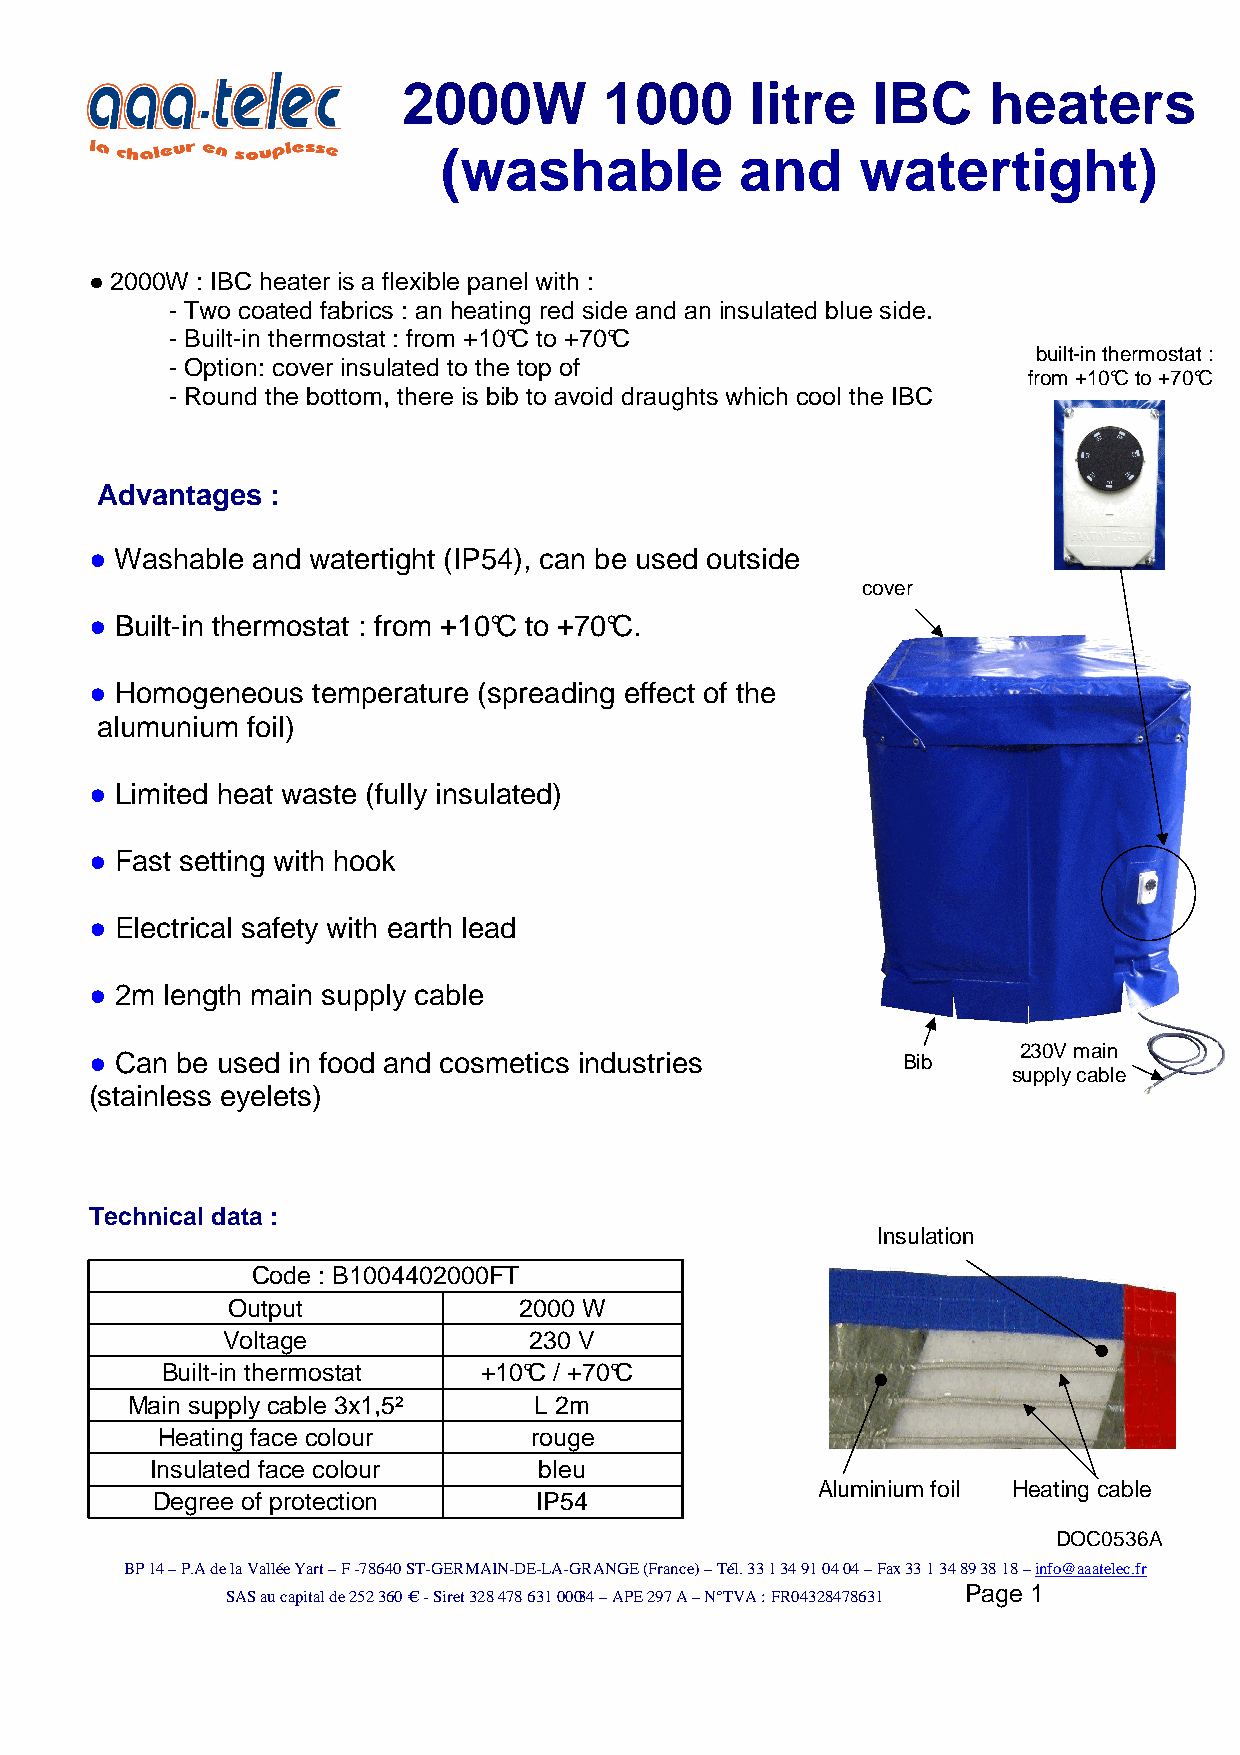
2000W        1000      litre   IBC    heaters
 (washable           and     watertight)
 ● 2000W : IBC heater is a flexible panel with :
 - Two coated fabrics : an heating red side and an insulated blue side.
 - Built-in thermostat : from +10°C to +70°C
 built-in thermostat :
 - Option: cover insulated to the top of
 from +10°C to +70°C
 - Round the bottom, there is bib to avoid draughts which cool the IBC
 Advantages  :
 ● Washable and watertight (IP54), can be used outside
 cover
 ● Built-in thermostat : from +10°C to +70°C.
 ● Homogeneous  temperature (spreading effect of the
 alumunium foil)
 ● Limited heat waste (fully insulated)
 ● Fast setting with hook
 ● Electrical safety with earth lead
 ● 2m length main supply cable
 ● Can be used in food and cosmetics industries        Bib    230V main
 supply cable
 (stainless eyelets)
 Technical data :
 Insulation
 Code : B1004402000FT
 Output             2000 W
 Voltage             230 V
 Built-in thermostat  +10°C / +70°C
 Main supply cable 3x1,5²   L 2m
 Heating face colour      rouge
 Insulated face colour     bleu
 Aluminium foil Heating cable
 Degree of protection      IP54
 DOC0536A
 BP 14 – P.A de la Vallée Yart – F -78640 ST-GERMAIN-DE-LA-GRANGE (France) – Tél. 33 1 34 91 04 04 – Fax 33 1 34 89 38 18 – info@aaatelec.fr
 Page 1
 SAS au capital de 252 360 € - Siret 328 478 631 000 34 – APE 297 A – N°TVA : FR04328478631